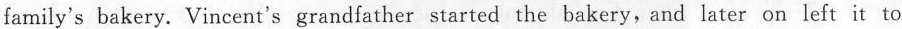
family's bakery. Vincent's grandfather started the bakery, and later on left it to